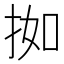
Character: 𫼰